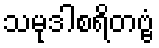
သမုဒါစရိတဗ္ဗံ